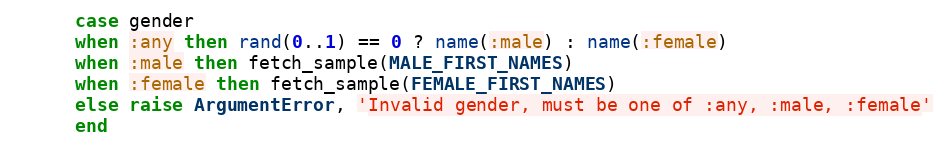
Language: Ruby
      case gender
      when :any then rand(0..1) == 0 ? name(:male) : name(:female)
      when :male then fetch_sample(MALE_FIRST_NAMES)
      when :female then fetch_sample(FEMALE_FIRST_NAMES)
      else raise ArgumentError, 'Invalid gender, must be one of :any, :male, :female'
      end